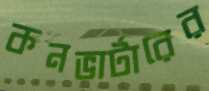
কনভার্টারের